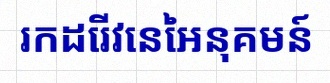
រកដេរីវេនៃអនុគមន៍